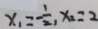
x _ { 1 } = - \frac { 1 } { 2 } , x _ { 2 } = 2